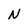
Character: N